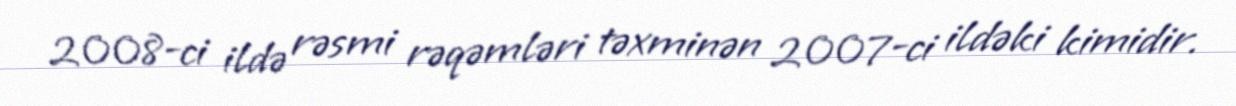
2008-ci ildə rəsmi rəqəmləri təxminən 2007-ci ildəki kimidir.